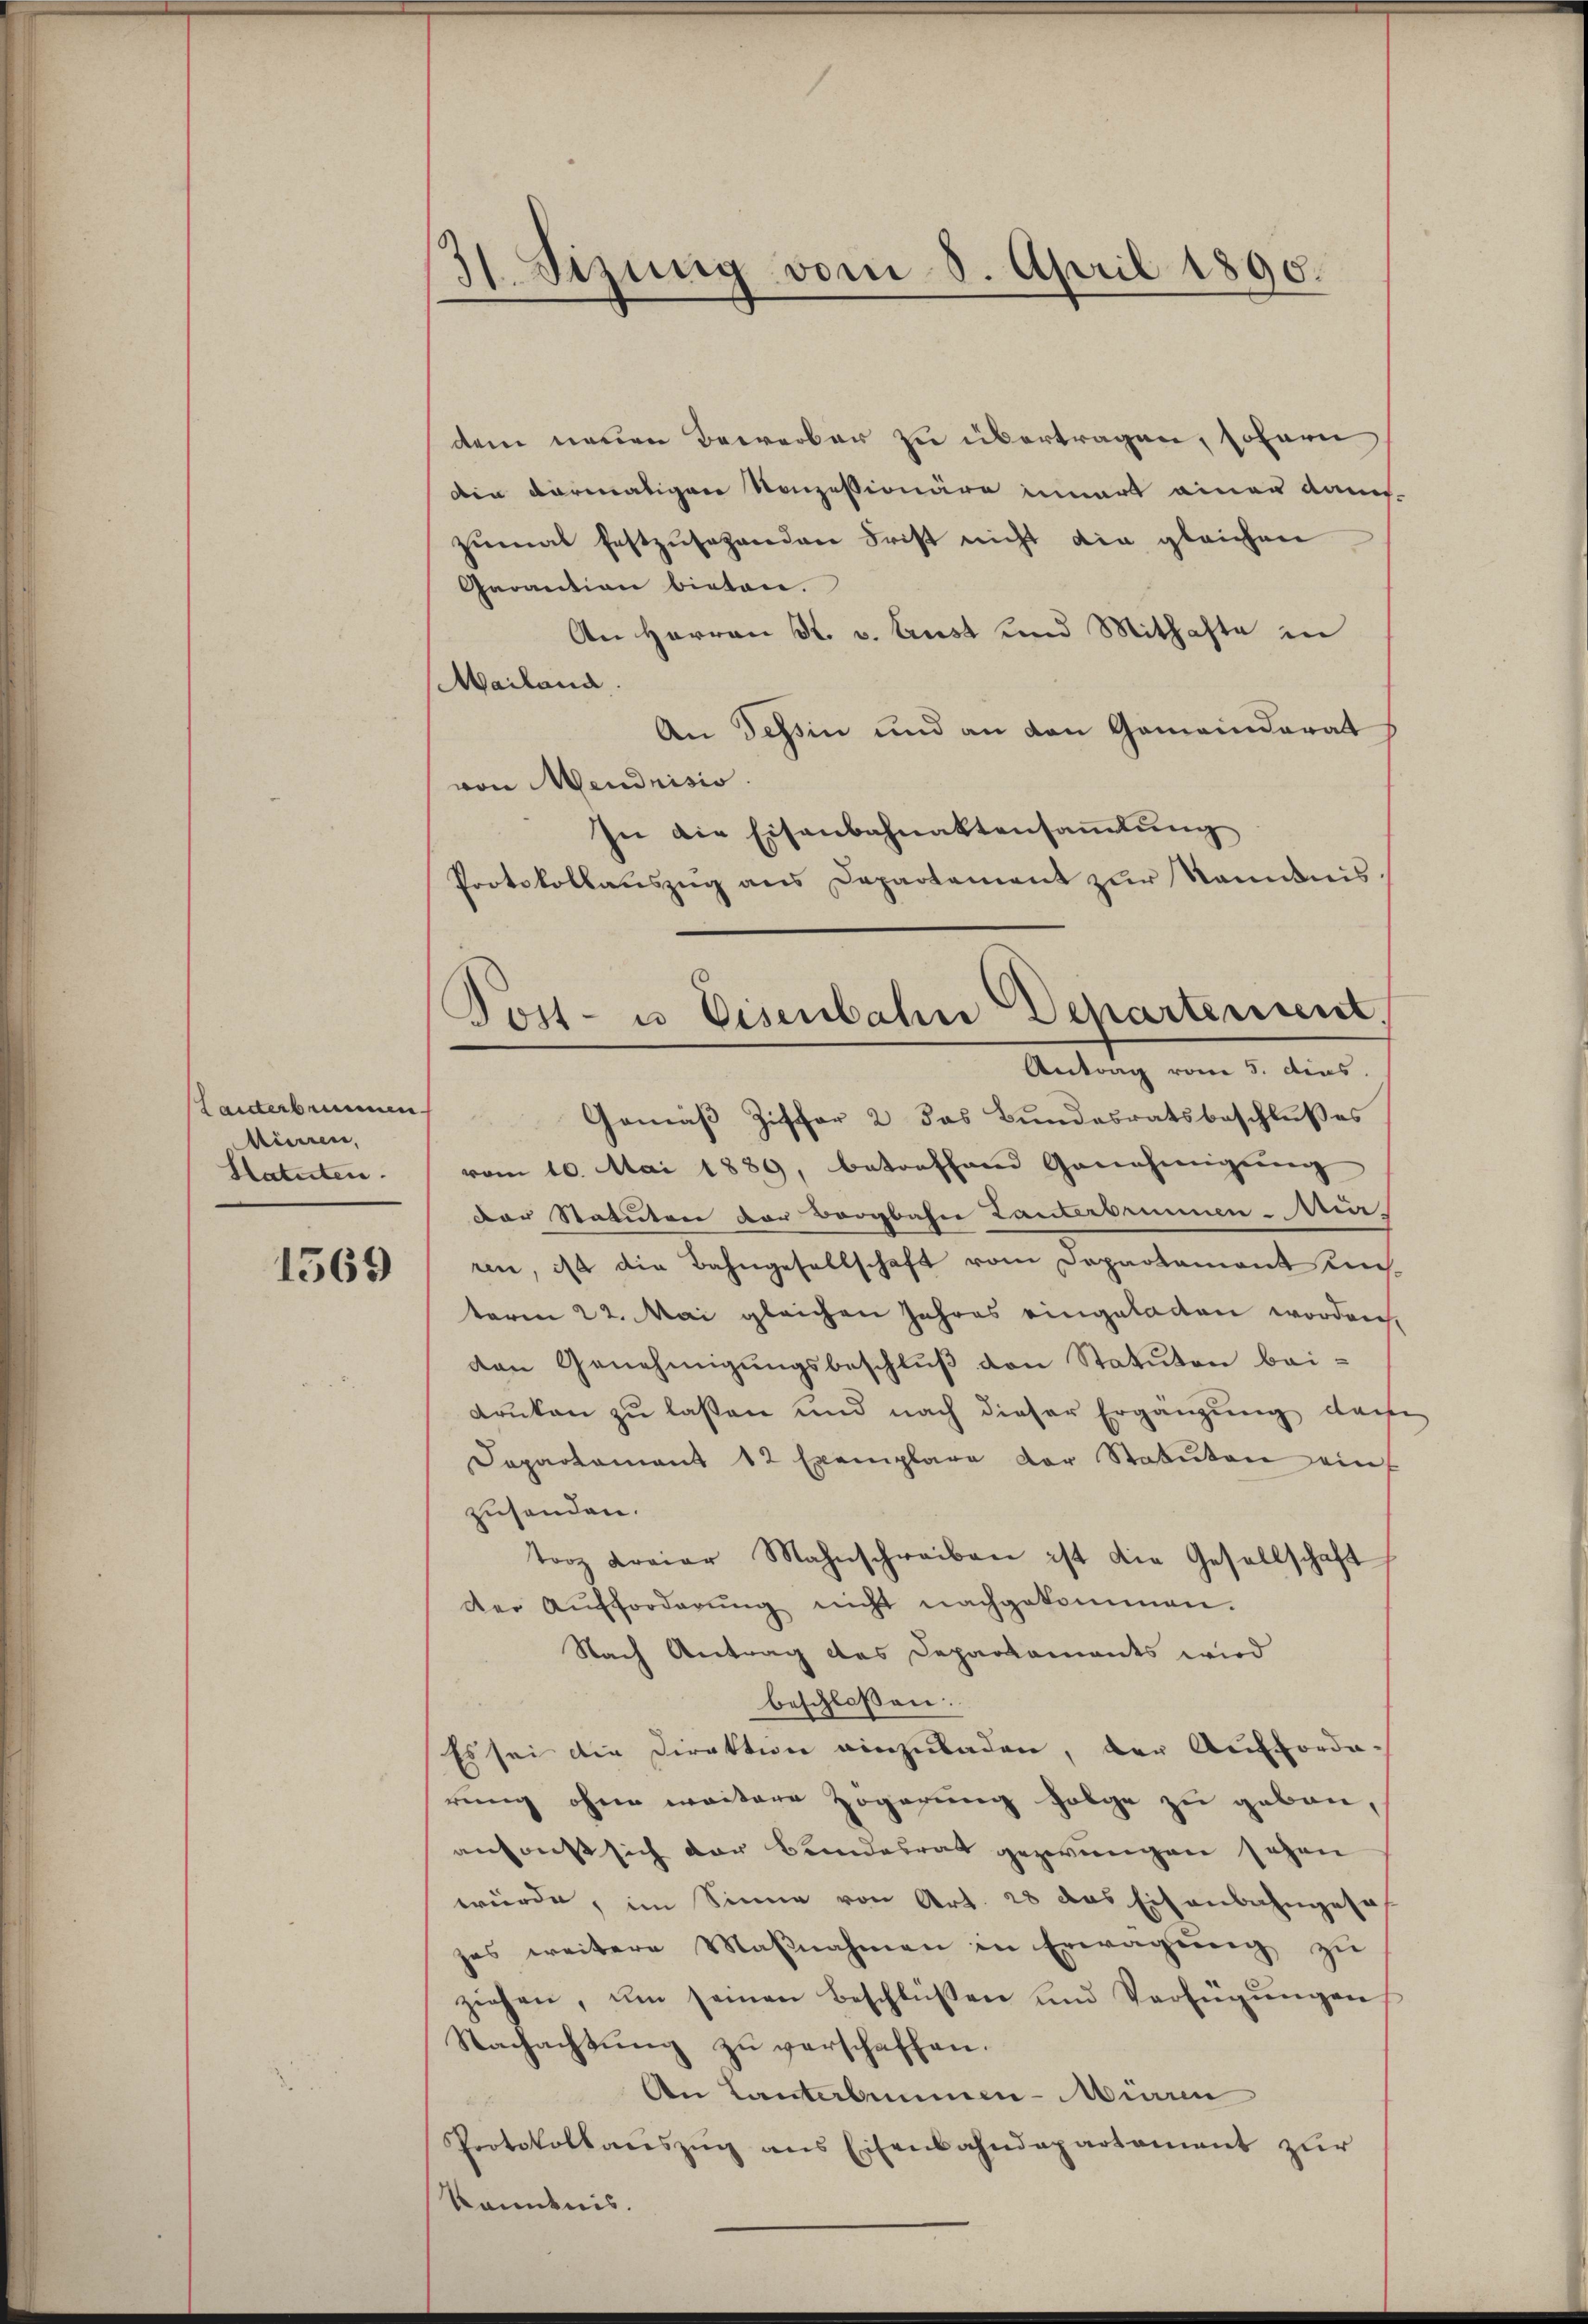
Miciren,
Hatuten.

1569

31. Sizung vom 8. April 1890.

Post- u. Eisenbahn Departement.
Antrag vom 5. dies

dem neuen Bewerber zu übertragen, sofern
den vormaliger Konzessionäre innert einer Kamis-
zumal festzusehenden Frist nicht die gleichen
Garantion bieten.
An Herren S. v. Lust und Mithafte in
Mailand.
An Tessin und an den Gemeinderat
von Mendrisis.
In die Eisenbahnaktensammlung
Protokollaŭszŭg ans Departement zŭr Ramdnislanderbenen Gemäß Ziffer 2 das Bundesratsbeschlußes
vom 10. Mai 1889, betreffend Genehmigŭng
Der Statuten der Bergbahne Lanterbrunnen-Mi-
ren, ist die Bahngesellschaft vom Departemont richterm 22. Mai gleichen Jahres eingeladen worden,
den Genehmigungsbeschluß den Statuten beidruken zu laßen und nach dieser Ergänzung darfe
Dapartament 12 Exemplare der Statuten einf
zusenden.
torz freier Mahnschreiben ist die Gesellschaft
der Aufforderŭng nicht nachgekommen.
Nach Antrag des Departaments wird
beschlossen:
Es sei die Direktion einzuladen, der Aufforderung ohne weitere Zögerung folge zu geben,
ansonst sich der Bundesrat gezwungen sehen
würde, im Sinne von Art. 28 das Eisenbahngesas
zes weitere Maßnahmen in Erwägung zu
ziehen, ŭm seinen Beschlüßen und Verfügŭngen
Nachachtung zu verschaffen.
An Lanterbummen-Miaren

Protokollanszŭg ans Eisenbahndepartament zur
kändnis.